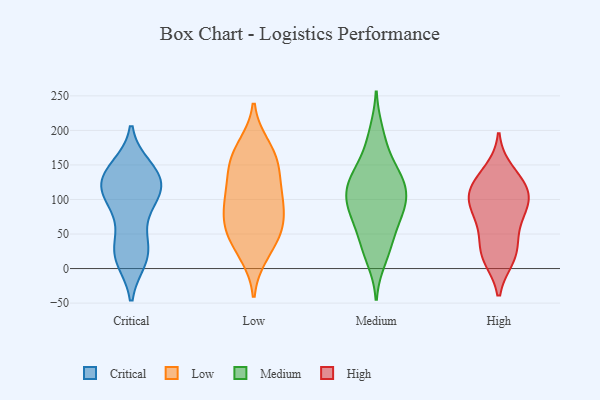
{"axis": {"x": "Temperature (°C)", "y": "Value"}, "legend": ["Critical", "High", "Low", "Medium"], "data": [{"x": "", "y": 127, "type": "Critical"}, {"x": "", "y": 14, "type": "Critical"}, {"x": "", "y": 20, "type": "Critical"}, {"x": "", "y": 14, "type": "Critical"}, {"x": "", "y": 77, "type": "Critical"}, {"x": "", "y": 146, "type": "Critical"}, {"x": "", "y": 97, "type": "Critical"}, {"x": "", "y": 104, "type": "Critical"}, {"x": "", "y": 142, "type": "Critical"}, {"x": "", "y": 115, "type": "Critical"}, {"x": "", "y": 136, "type": "Critical"}, {"x": "", "y": 133, "type": "Critical"}, {"x": "", "y": 123, "type": "Critical"}, {"x": "", "y": 30, "type": "Critical"}, {"x": "", "y": 35, "type": "Critical"}, {"x": "", "y": 106, "type": "Critical"}, {"x": "", "y": 151, "type": "Low"}, {"x": "", "y": 56, "type": "Low"}, {"x": "", "y": 179, "type": "Low"}, {"x": "", "y": 21, "type": "Low"}, {"x": "", "y": 19, "type": "Low"}, {"x": "", "y": 81, "type": "Low"}, {"x": "", "y": 122, "type": "Low"}, {"x": "", "y": 48, "type": "Low"}, {"x": "", "y": 64, "type": "Low"}, {"x": "", "y": 109, "type": "Low"}, {"x": "", "y": 98, "type": "Low"}, {"x": "", "y": 103, "type": "Low"}, {"x": "", "y": 53, "type": "Low"}, {"x": "", "y": 61, "type": "Low"}, {"x": "", "y": 95, "type": "Low"}, {"x": "", "y": 151, "type": "Low"}, {"x": "", "y": 179, "type": "Low"}, {"x": "", "y": 144, "type": "Low"}, {"x": "", "y": 158, "type": "Low"}, {"x": "", "y": 31, "type": "Medium"}, {"x": "", "y": 125, "type": "Medium"}, {"x": "", "y": 198, "type": "Medium"}, {"x": "", "y": 38, "type": "Medium"}, {"x": "", "y": 132, "type": "Medium"}, {"x": "", "y": 90, "type": "Medium"}, {"x": "", "y": 110, "type": "Medium"}, {"x": "", "y": 65, "type": "Medium"}, {"x": "", "y": 104, "type": "Medium"}, {"x": "", "y": 73, "type": "Medium"}, {"x": "", "y": 13, "type": "Medium"}, {"x": "", "y": 100, "type": "Medium"}, {"x": "", "y": 138, "type": "Medium"}, {"x": "", "y": 84, "type": "Medium"}, {"x": "", "y": 135, "type": "Medium"}, {"x": "", "y": 173, "type": "Medium"}, {"x": "", "y": 107, "type": "High"}, {"x": "", "y": 38, "type": "High"}, {"x": "", "y": 74, "type": "High"}, {"x": "", "y": 107, "type": "High"}, {"x": "", "y": 100, "type": "High"}, {"x": "", "y": 15, "type": "High"}, {"x": "", "y": 23, "type": "High"}, {"x": "", "y": 130, "type": "High"}, {"x": "", "y": 62, "type": "High"}, {"x": "", "y": 142, "type": "High"}, {"x": "", "y": 121, "type": "High"}, {"x": "", "y": 84, "type": "High"}, {"x": "", "y": 15, "type": "High"}, {"x": "", "y": 101, "type": "High"}]}